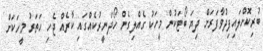
ބުރިކޮށްލައިފިދުވާފަރަށް ދިޔަ ބޯޓަކުން މީހަކު ގެއްލިގެން ހޯދަނީރުކެއްގައި ކާރެއް ޖެހި ހަތަރު މީހަކަށް